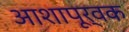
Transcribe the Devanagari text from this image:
आशापूर्वक